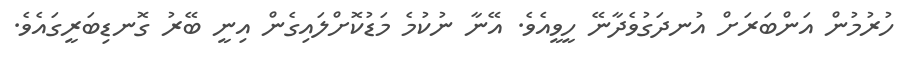
ހުރުމުން އަންބަރަށް އުނދަގުވެދާނޭ ހީވީއެވެ. އޭނާ ނުކުމެ މަޑުކޮށްލައިގެން އިނީ ބޭރު ގޮނޑިބަރީގައެވެ.